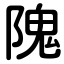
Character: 隗